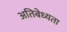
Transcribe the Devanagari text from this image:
अतिबेध्यता